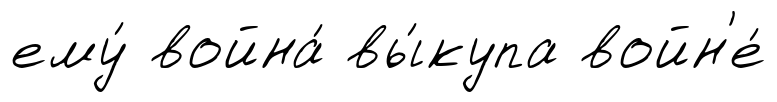
ему́ война́ вы́купа войн'е́